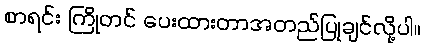
စာရင်း ကြိုတင် ပေးထားတာအတည်ပြုချင်လို့ပါ။